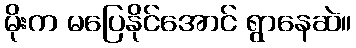
မိုးက မပြေနိုင်အောင် ရွာနေဆဲ။